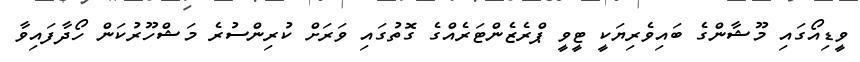
ވީޑިއޯގައި މޫޝާންގެ ބައިވެރިޔަކީ ޓީވީ ޕްރެޒެންޓަރެއްގެ ގޮތުގައި ވަރަށް ކުރިންސުރެ މަޝްހޫރުކަން ހޯދާފައިވާ